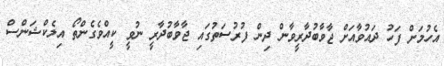
އެހުމަށް ފަހު ދައުވާއަށް ޖާވާބުދާރީވާން ދިން ފުރުސަތުގައި ޖާވާބުދާރީ ނުވީ ކީއްވެގެންތޯ އިލެކްޝަންސް